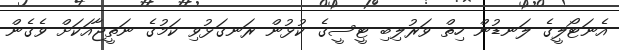
އެނަޓޯލީގެ ލަނޑުން ހިތް ވަރުލިބި ޓީސީގެ ކުޅުން ރަނގަޅުވި ކަމުގެ ނަތީޖާއަކަށް ވެގެން